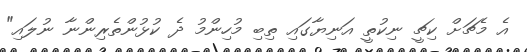
އެ މެޗަށް ކިޗީ ނިކުތީ އަނިޔާގައި ތިބި މުހިންމު ދެ ކުޅުންތެރިންނާ ނުލައި"